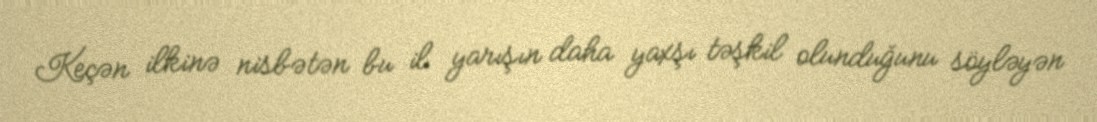
Keçən ilkinə nisbətən bu il yarışın daha yaxşı təşkil olunduğunu söyləyən